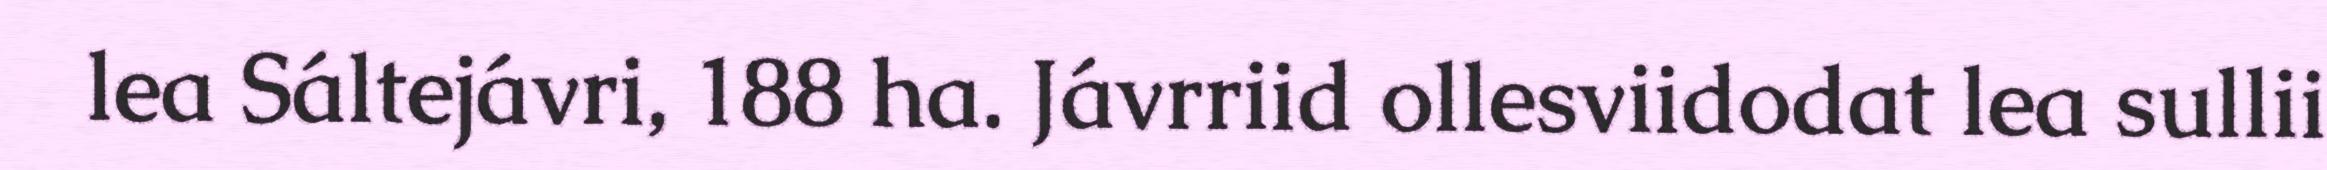
lea Sáltejávri, 188 ha. Jávrriid ollesviidodat lea sullii